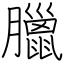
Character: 臘